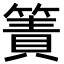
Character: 簀